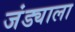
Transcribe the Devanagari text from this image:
जंड्याला